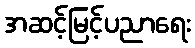
အဆင့်မြင့်ပညာရေး